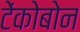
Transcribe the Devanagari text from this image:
टेंकोबोन